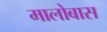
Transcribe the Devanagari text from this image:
मालोबास